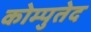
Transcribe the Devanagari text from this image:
कोम्पुतेद